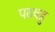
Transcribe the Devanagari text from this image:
पठवहु